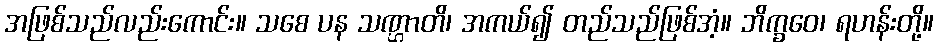
အဖြစ်သည်လည်းကောင်း။ သစေ ပန သဏ္ဌာတိ၊ အကယ်၍ တည်သည်ဖြစ်အံ့။ ဘိက္ခဝေ၊ ရဟန်းတို့။